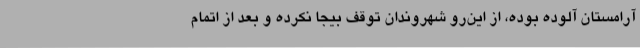
آرامستان آلوده بوده، از این‌رو شهروندان توقف بیجا نکرده و بعد از اتمام